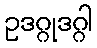
ဥဒဂ္ဂုဒဂ္ဂါ